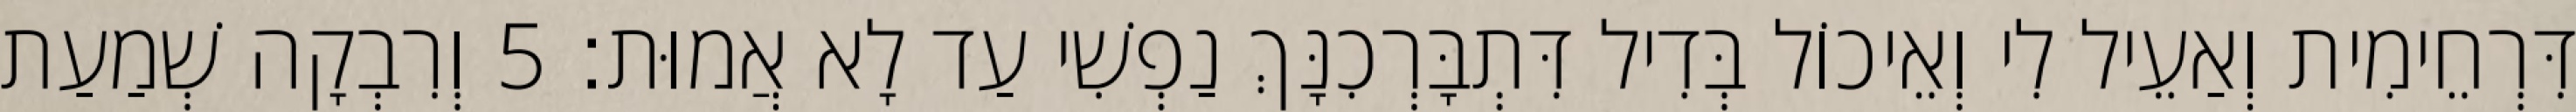
דִּרְחֵימִית וְאַעֵיל לִי וְאֵיכוֹל בְּדִיל דִּתְבָּרְכִנָּךְ נַפְשִׁי עַד לָא אֲמוּת׃ 5 וְרִבְקָה שְׁמַעַת